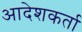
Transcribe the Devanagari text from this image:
आदेशकर्ता